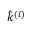
\hat { k } ^ { \left( i \right) }